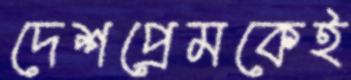
দেশপ্রেমকেই